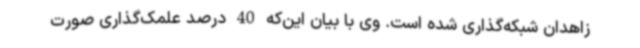
زاهدان شبکه‌گذاری شده است. وی با بیان این‌که 40 درصد علمک‌گذاری صورت